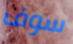
سوف